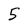
Character: 5